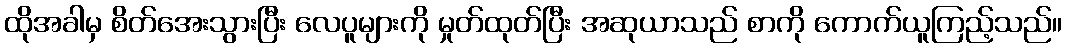
ထိုအခါမှ စိတ်အေးသွားပြီး လေပူများကို မှုတ်ထုတ်ပြီး အဆုယာသည် စာကို ကောက်ယူကြည့်သည်။